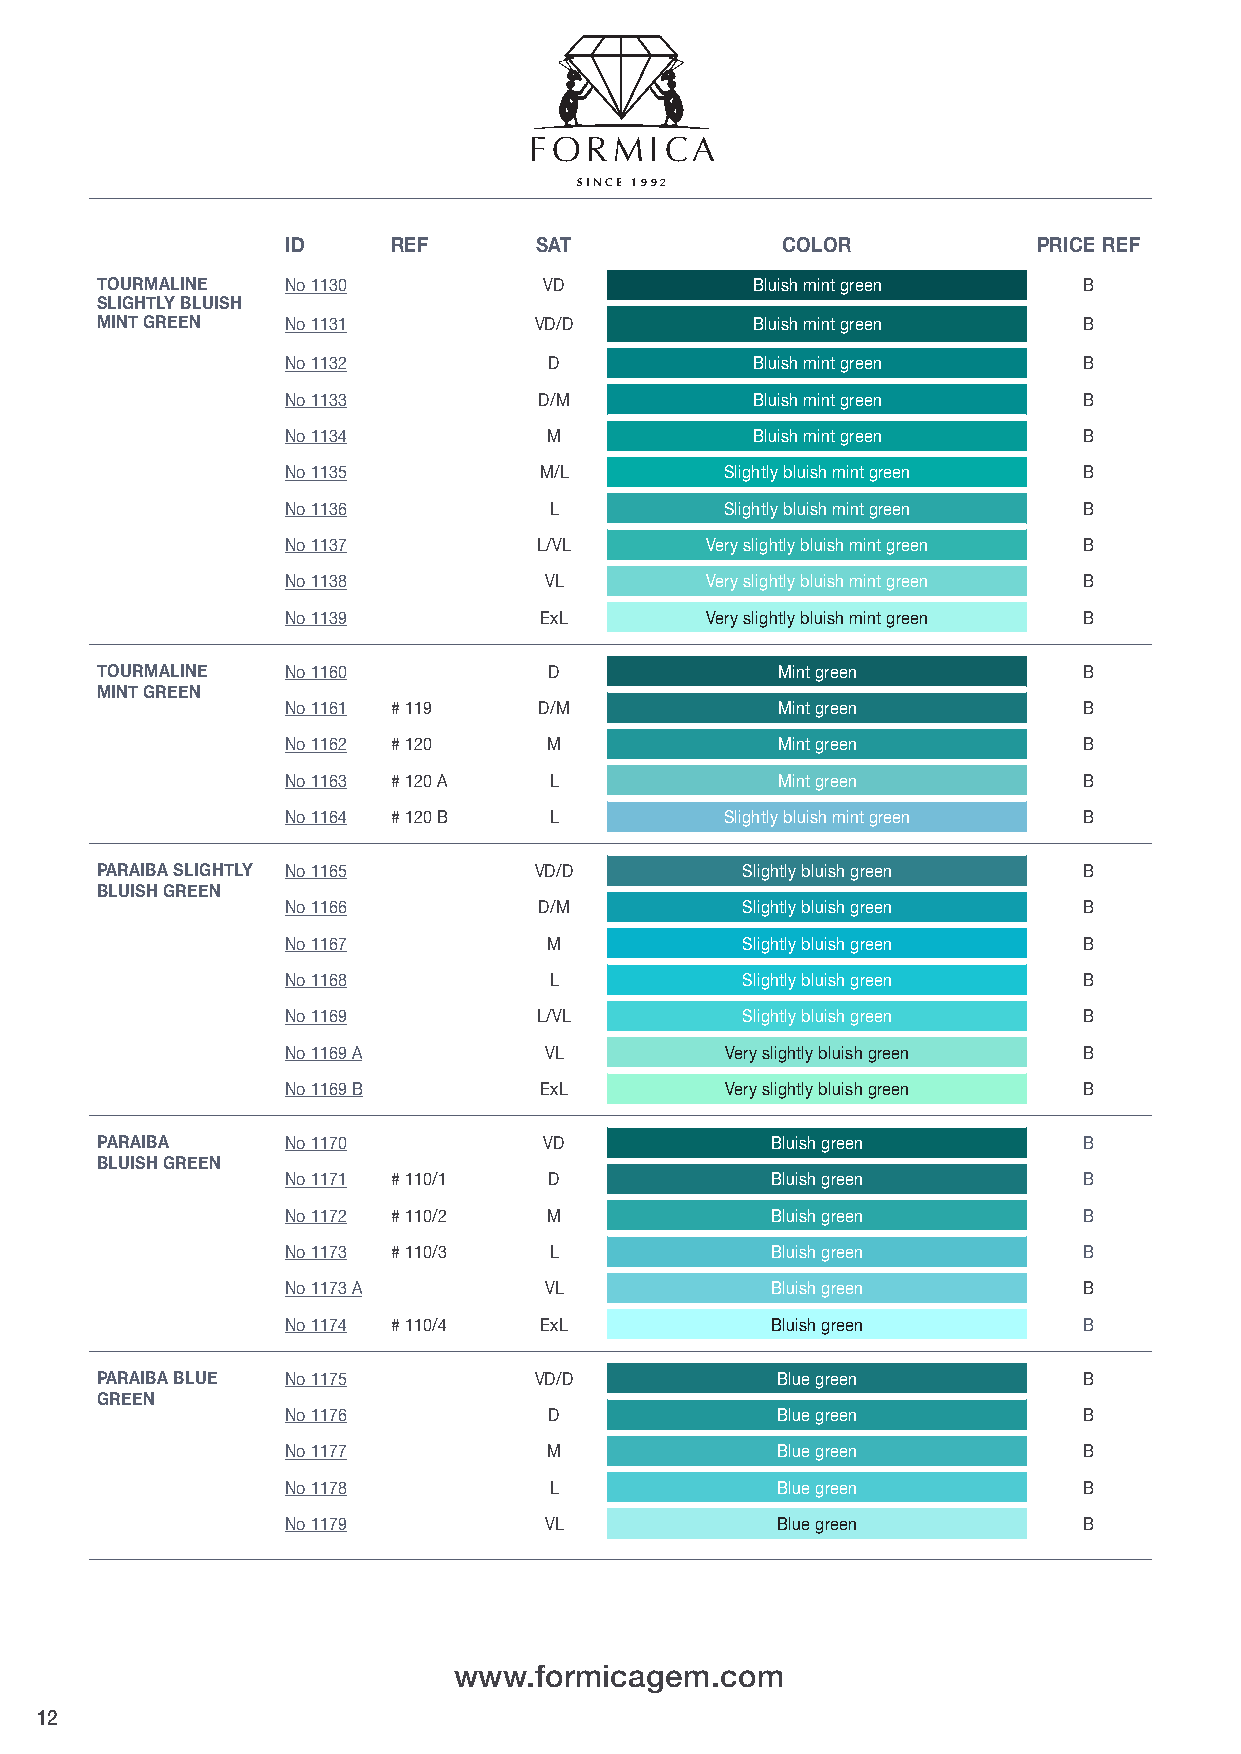
FORMICA
 SIN CE 1992
 ID     REF      SAT              COLOR            PRICE REF
 TOURMALINE   No 1130          VD            Bluish mint green     B
 SLIGHTLY BLUISH
 MINT GREEN   No 1131         VD/D           Bluish mint green     B
 No 1132          D             Bluish mint green     B
 No 1133          D/M           Bluish mint green     B
 No 1134          M             Bluish mint green     B
 No 1135          M/L         Slightly bluish mint green B
 No 1136          L           Slightly bluish mint green B
 No 1137          L/VL       Very slightly bluish mint green B
 No 1138          VL         Very slightly bluish mint green B
 No 1139          ExL        Very slightly bluish mint green B
 TOURMALINE   No 1160          D              Mint green           B
 MINT GREEN
 No 1161 # 119    D/M            Mint green           B
 No 1162 # 120    M              Mint green           B
 No 1163 # 120 A  L              Mint green           B
 No 1164 # 120 B  L           Slightly bluish mint green B
 PARAIBA SLIGHTLY No 1165     VD/D          Slightly bluish green  B
 BLUISH GREEN
 No 1166          D/M          Slightly bluish green  B
 No 1167          M            Slightly bluish green  B
 No 1168          L            Slightly bluish green  B
 No 1169          L/VL         Slightly bluish green  B
 No 1169 A        VL          Very slightly bluish green B
 No 1169 B        ExL         Very slightly bluish green B
 PARAIBA      No 1170          VD             Bluish green         B
 BLUISH GREEN
 No 1171 # 110/1  D              Bluish green         B
 No 1172 # 110/2  M              Bluish green         B
 No 1173 # 110/3  L              Bluish green         B
 No 1173 A        VL             Bluish green         B
 No 1174 # 110/4  ExL            Bluish green         B
 PARAIBA BLUE No 1175         VD/D            Blue green           B
 GREEN
 No 1176          D              Blue green           B
 No 1177          M              Blue green           B
 No 1178          L              Blue green           B
 No 1179          VL             Blue green           B
 www.formicagem.com
 12